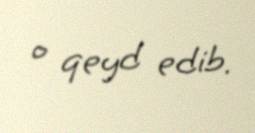
o qeyd edib.